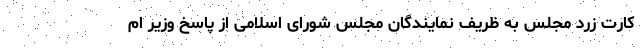
کارت زرد مجلس به ظریف نمایندگان مجلس شورای اسلامی از پاسخ وزیر ام